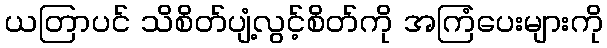
ယတြာပင် သိစိတ်ပျံ့လွင့်စိတ်ကို အကြံပေးများကို